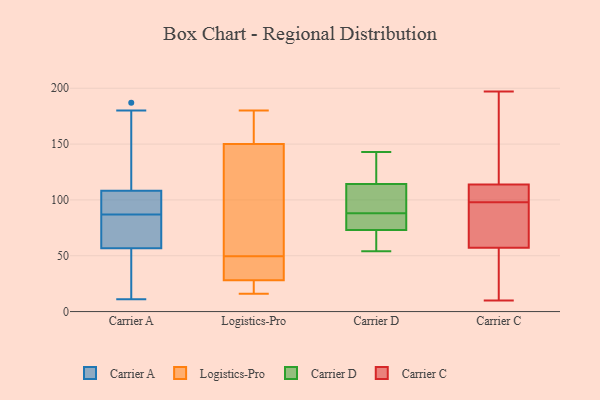
{"axis": {"x": "Operating Costs (USD K)", "y": "Value"}, "legend": ["Carrier A", "Carrier C", "Carrier D", "Logistics-Pro"], "data": [{"x": "", "y": 24, "type": "Carrier A"}, {"x": "", "y": 89, "type": "Carrier A"}, {"x": "", "y": 112, "type": "Carrier A"}, {"x": "", "y": 91, "type": "Carrier A"}, {"x": "", "y": 90, "type": "Carrier A"}, {"x": "", "y": 61, "type": "Carrier A"}, {"x": "", "y": 187, "type": "Carrier A"}, {"x": "", "y": 27, "type": "Carrier A"}, {"x": "", "y": 60, "type": "Carrier A"}, {"x": "", "y": 56, "type": "Carrier A"}, {"x": "", "y": 119, "type": "Carrier A"}, {"x": "", "y": 11, "type": "Carrier A"}, {"x": "", "y": 180, "type": "Carrier A"}, {"x": "", "y": 57, "type": "Carrier A"}, {"x": "", "y": 107, "type": "Carrier A"}, {"x": "", "y": 87, "type": "Carrier A"}, {"x": "", "y": 59, "type": "Carrier A"}, {"x": "", "y": 123, "type": "Logistics-Pro"}, {"x": "", "y": 150, "type": "Logistics-Pro"}, {"x": "", "y": 180, "type": "Logistics-Pro"}, {"x": "", "y": 28, "type": "Logistics-Pro"}, {"x": "", "y": 154, "type": "Logistics-Pro"}, {"x": "", "y": 42, "type": "Logistics-Pro"}, {"x": "", "y": 16, "type": "Logistics-Pro"}, {"x": "", "y": 42, "type": "Logistics-Pro"}, {"x": "", "y": 27, "type": "Logistics-Pro"}, {"x": "", "y": 57, "type": "Logistics-Pro"}, {"x": "", "y": 76, "type": "Carrier D"}, {"x": "", "y": 88, "type": "Carrier D"}, {"x": "", "y": 99, "type": "Carrier D"}, {"x": "", "y": 143, "type": "Carrier D"}, {"x": "", "y": 114, "type": "Carrier D"}, {"x": "", "y": 64, "type": "Carrier D"}, {"x": "", "y": 115, "type": "Carrier D"}, {"x": "", "y": 54, "type": "Carrier D"}, {"x": "", "y": 54, "type": "Carrier D"}, {"x": "", "y": 140, "type": "Carrier D"}, {"x": "", "y": 88, "type": "Carrier D"}, {"x": "", "y": 84, "type": "Carrier D"}, {"x": "", "y": 90, "type": "Carrier D"}, {"x": "", "y": 16, "type": "Carrier C"}, {"x": "", "y": 114, "type": "Carrier C"}, {"x": "", "y": 10, "type": "Carrier C"}, {"x": "", "y": 58, "type": "Carrier C"}, {"x": "", "y": 101, "type": "Carrier C"}, {"x": "", "y": 197, "type": "Carrier C"}, {"x": "", "y": 57, "type": "Carrier C"}, {"x": "", "y": 170, "type": "Carrier C"}, {"x": "", "y": 111, "type": "Carrier C"}, {"x": "", "y": 172, "type": "Carrier C"}, {"x": "", "y": 74, "type": "Carrier C"}, {"x": "", "y": 56, "type": "Carrier C"}, {"x": "", "y": 113, "type": "Carrier C"}, {"x": "", "y": 89, "type": "Carrier C"}, {"x": "", "y": 98, "type": "Carrier C"}]}